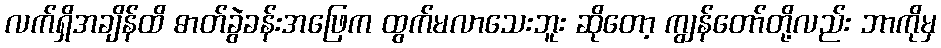
လက်ရှိအချိန်ထိ ဓာတ်ခွဲခန်းအဖြေက ထွက်မလာသေးဘူး ဆိုတော့ ကျွန်တော်တို့လည်း ဘာကိုမှ